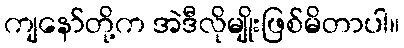
ကျနော်တို့က အဲဒီလိုမျိုးဖြစ်မိတာပါ။